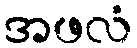
အဖလံ